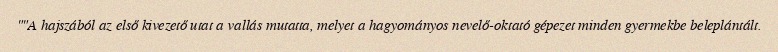
""A hajszából az első kivezető utat a vallás mutatta, melyet a hagyományos nevelő-oktató gépezet minden gyermekbe beleplántált.